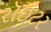
રૉઇટર